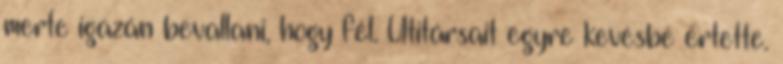
merte igazán bevallani, hogy fél. Utitársait egyre kevésbé értette.